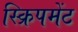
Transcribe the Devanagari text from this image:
स्क्रिपमेंट